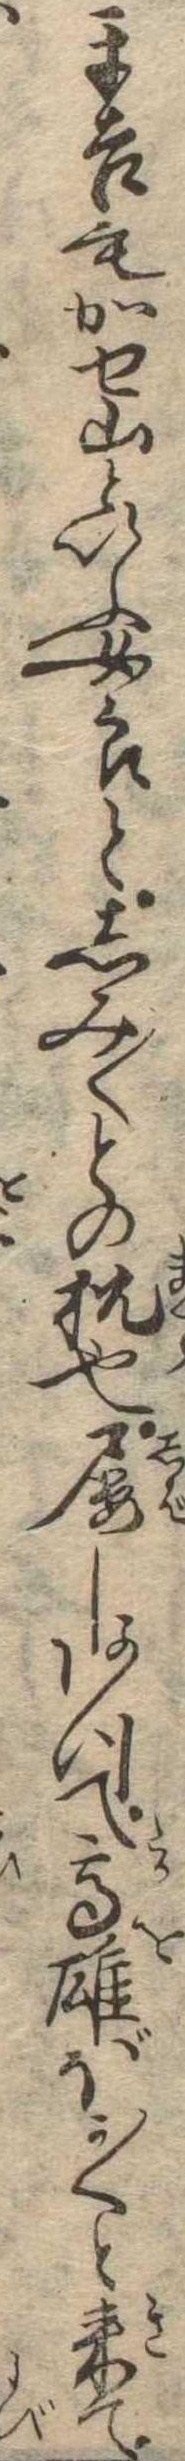
平吉もかせ山といふ女郎としみ〱との枕也屡しあつて高雄ぼか〱と来て